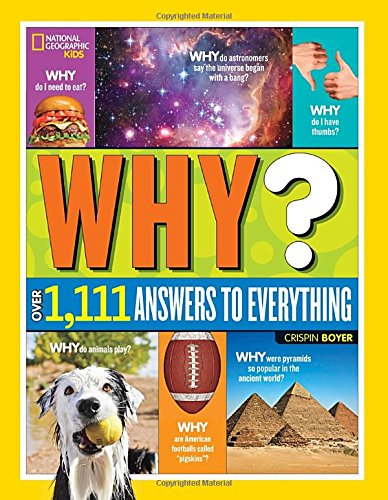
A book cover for National Geographic Kids Why?: Over 1,111 Answers to Everything; Crispin Boyer; Children's Books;